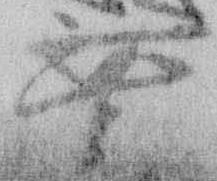
無